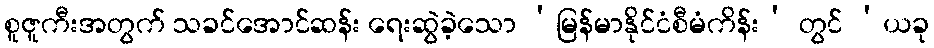
စူဇူကီးအတွက် သခင်အောင်ဆန်း ရေးဆွဲခဲ့သော ‘မြန်မာနိုင်ငံစီမံကိန်း’ တွင် ‘ယခု